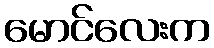
မောင်လေးက